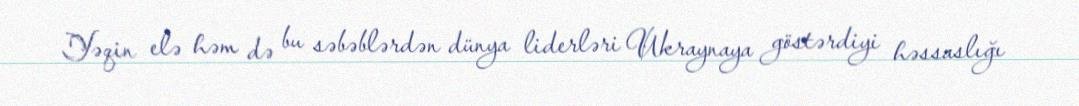
Yəqin elə həm də bu səbəblərdən dünya liderləri Ukraynaya göstərdiyi həssaslığı